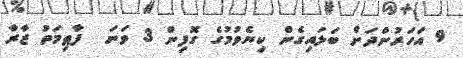
9 އަހަރުންދަށް ބަލައިގެން ކިޔެވުމުގެ ގޮފިން 3 ވަނަ  ފާޠިމަތު ޒާރާ